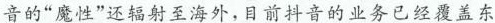
音的”魔性”还辐射至海外，目前抖音的业务已经覆盖东